Report on sanitation, dispensaries, and jails in Rajputana for 1920, and on vaccination for the year 1920-1921 - 1920-1921
Year: 1920
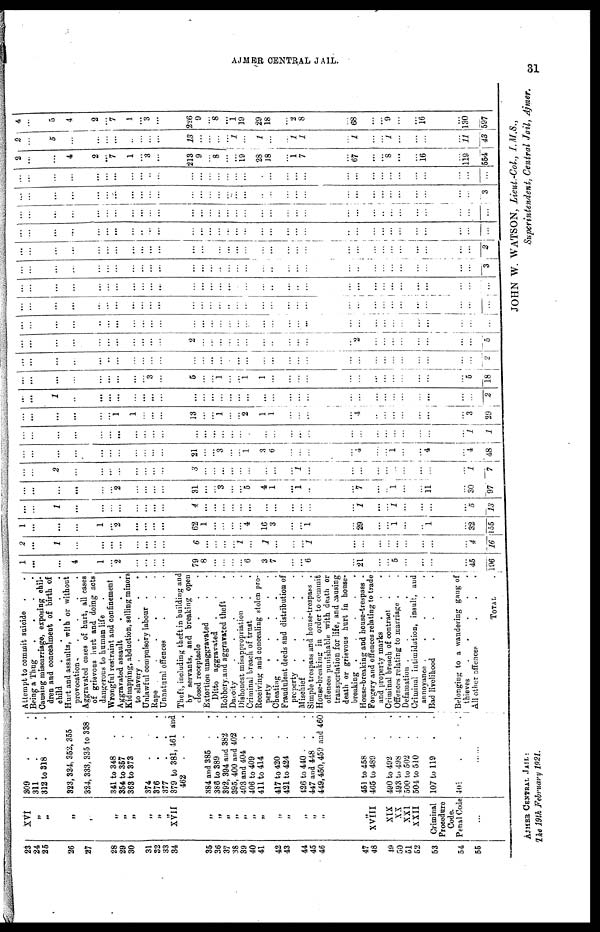
AJMER CENTRAL JAIL.
31
23
24
25
26
27
28
29
30
31
32
33
34
35
36
37
38
39
40
41
42
43
44
45
46
47
48
49
50
51
52
53
54
55
XVI
„
„
„
„
„
„
„
„
„
„
XVII
„
„
„
„
„
„
„
„
„
„
„
„
„
XVIII
XIX
XX
XXI
XXII
Criminal
Procedure
Code.
Penal Code
...
309
.
.
.
311
.
.
.
312 to 318 . .
323,334, 352, 355 .
324, 333,335 to 338
341 to 348 . .
354 to 357 . .
363 to 373 . .
374 .
376
.
.
.
377
.
.
.
379 to 381, 461 and
462
.
.
.
384 and 385 . .
386 to 389 . .
392, 394 and 382 .
395, 400 and 402 .
403 and 404 . .
406 to 409 . .
411 to 414 . .
417 to 420 . .
421 to 424 . .
426 to 440 . .
447 and 448 . .
449,450,459 and 460
451 to 458 . .
465 to 489 . .
490 to 492 . .
493 to 498 . .
500 to 502 . .
501 to 510 . .
107 to 119 . .
401 . . . . .
......
Attempt to commit suicide . .
Being a Thug
.
.
.
.
Causing miscarriage, exposing chil-
dren and concealment of birth of
child
.
.
.
.
.
Hurt and assaults, with or without
provocation
.
.
.
.
Aggravated cases of hurt, all cases
of grievous hurt and doing acts
dangerous to human life .
Wrongful restraint and confinement
Aggravated assault . . .
Kidnapping, abduction, selling minors
to slavery
.
.
.
.
Unlawful compulsory labour . .
Rape . . . .
Unnatural offences . . .
Theft, including theft in building and
by servants, and breaking open
closed receptacle . . .
Extortion unaggravated . .
Ditto aggravated
Robbery and aggravated theft .
Dacoity
.
.
.
.
Dishonest misappropriation . .
Criminal breach of trust . .
Receiving and concealing stolen pro-
perty . . . . .
Cheating
.
.
.
.
.
Fraudulent deeds and distribution of
property
.
.
.
.
.
Mischief
.
.
.
.
Simple trespass and house-trespass .
House-breaking in order to commit
offences punishable with death or
transportation for life, and causing
death or grievous hurt in house-
breaking
.
.
.
.
House-breaking and house-trespass .
Forgery and offences relating to trade
and property marks . .
Criminal breach of contract . .
Offences relating to marriage . .
Defamation
.
.
.
.
Criminal intimidation, insult, and
annoyance
.
.
.
.
Bad livelihood . . .
Belonging to a wandering gang of
thieves . . . .
All other offences . .
TOTAL .
1
...
...
4
1
...
2
...
...
...
...
79
8
...
...
...
...
6
3
7
...
...
6
...
21
...
...
5
...
...
...
...
45
196
2
...
1
...
...
...
...
...
...
...
...
6
...
...
...
...
1
...
1
...
...
...
1
...
...
...
...
...
...
...
...
...
4
16
1
...
...
...
1
...
2
...
...
...
...
62
1
...
...
...
...
4
16
3
...
...
1
...
29
...
...
1
...
...
1
...
32
155
...
...
1
...
...
...
...
...
...
...
...
4
...
...
...
...
...
...
...
...
...
...
...
...
1
...
...
1
...
...
...
...
5
13
...
...
...
...
...
...
2
...
...
...
...
31
...
...
3
...
...
5
4
1
...
1
...
...
7
...
...
1
...
...
11
...
36
97
...
...
2
...
...
...
...
...
...
...
...
3
...
...
...
...
...
...
...
...
...
1
...
...
...
...
...
...
...
...
...
...
1
7
...
...
...
...
...
...
...
...
...
...
...
21
...
...
3
...
...
1
3
6
...
...
...
...
4
...
...
1
...
...
4
...
4
48
...
...
...
...
...
...
...
...
...
...
...
...
...
...
...
...
...
...
...
...
...
...
...
...
...
...
...
...
...
...
...
...
1
1
...
...
...
...
...
...
1
1
...
...
...
13
...
...
1
...
...
2
1
1
...
...
...
...
4
...
...
...
...
...
...
...
3
29
...
...
1
...
...
...
...
...
...
...
...
...
...
...
...
...
...
...
...
...
...
...
...
...
...
...
...
...
...
...
...
...
...
2
...
...
...
...
...
...
...
...
...
3
...
5
...
...
1
...
...
1
1
...
...
...
...
...
...
...
...
...
...
...
...
...
5
18
...
...
...
...
...
...
...
...
...
...
...
...
...
...
...
...
...
...
...
...
...
...
...
...
...
...
...
...
...
...
...
...
...
2
...
...
...
...
...
...
...
...
...
...
...
2
...
...
...
...
...
...
...
...
...
...
...
...
2
...
...
...
...
...
...
...
...
5
...
...
...
...
...
...
...
...
...
...
...
...
...
...
...
...
...
...
...
...
...
...
...
...
...
...
...
...
...
...
...
...
...
...
...
...
...
...
...
...
...
...
...
...
...
...
...
...
...
..
...
...
...
...
...
...
...
...
...
...
...
...
...
...
...
...
...
...
...
...
...
...
...
...
...
...
...
...
...
...
...
...
...
...
...
...
...
...
...
...
...
...
...
...
...
...
...
...
...
...
...
...
...
...
...
...
...
...
...
...
...
...
...
...
...
...
...
...
...
...
...
...
...
...
...
...
...
...
...
...
...
...
...
...
...
3
...
...
...
...
...
...
...
...
...
...
...
...
...
...
...
...
...
...
...
...
...
...
...
...
...
...
...
...
...
...
...
...
...
2
...
...
...
...
...
...
...
...
...
...
...
...
...
...
...
...
...
...
...
...
...
...
...
...
...
...
...
...
...
...
...
...
...
...
...
...
...
...
...
...
...
...
...
...
...
...
...
...
...
...
...
...
...
...
...
...
...
...
...
...
..
...
...
...
...
...
...
...
...
...
...
...
...
...
....
...
...
...
...
...
...
...
...
...
...
...
...
...
...
...
...
...
...
...
...
...
...
...
...
...
...
3
...
...
...
...
...
...
...
...
...
...
...
...
...
...
...
...
...
...
...
...
...
...
...
...
...
...
...
...
...
...
...
...
...
...
2
...
...
4
2
.
7
1
...
3
...
213
9
...
8
...
...
19
28
18
...
1
7
...
67
...
...
8
...
...
16
...
119
554
2
...
5
...
...
...
...
...
...
...
...
13
...
...
...
...
1
...
1
...
...
1
1
...
1
...
...
1
...
...
...
...
11
43
4
...
5
4
2
...
7
1
...
3
...
226
9
...
8
...
1
19
29
18
...
2
8
...
68
...
...
9
...
16
130
597
AJMER CENTRAL JAIL:
The 19th February 1921.
JOHN W. WATSON, Lieut.-Col., I. M.S.,
Superintendent, Central Jail, Ajmer.